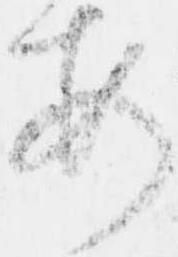
安